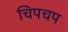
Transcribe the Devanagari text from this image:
चिपचप